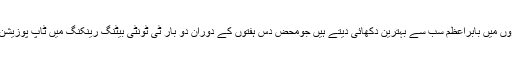
18اپریل 2018ء)حالیہ برسوں میں پاکستان کی نماندگی کرنے والے بلے بازوں میں بابراعظم سب سے بہترین دکھائی دیتے ہیں جومحض دس ہفتوں کے دوران دو بار ٹی ٹونٹی بیٹنگ رینکنگ میں ٹاپ پوزیشن پاچکے ہیں جبکہ ون ڈے رینکنگ میں پانچ بہترین بلے بازوں میں شامل ہیں۔